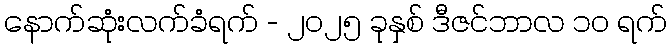
နောက်ဆုံးလက်ခံရက် - ၂၀၂၅ ခုနှစ် ဒီဇင်ဘာလ ၁၀ ရက်